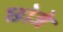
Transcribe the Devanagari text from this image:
छोजे